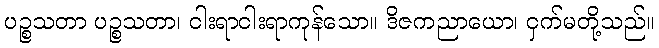
ပဉ္စသတာ ပဉ္စသတာ၊ ငါးရာငါးရာကုန်သော။ ဒိဇကညာယော၊ ငှက်မတို့သည်။